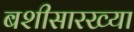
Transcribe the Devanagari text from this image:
बशीसारख्या